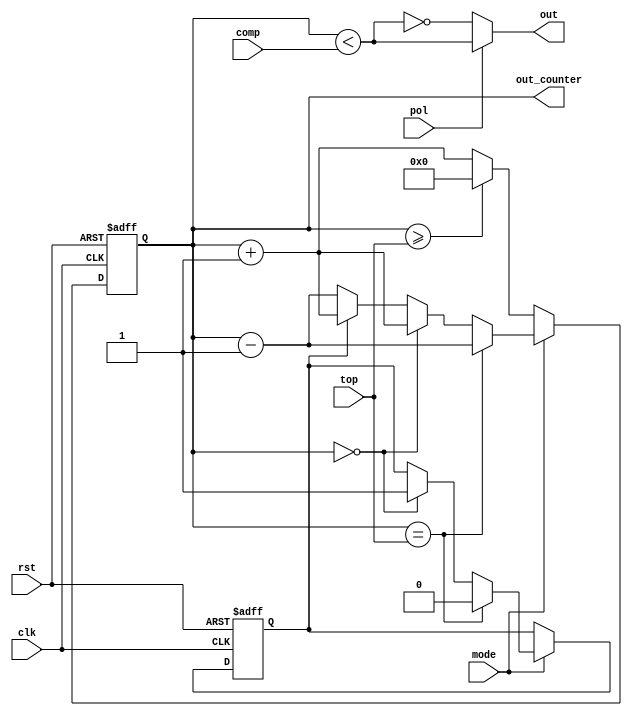
// Bartosz Szpila
// 20.10.2021

module pwm(input [15:0] top, comp, input clk, rst, pol, mode, output out, output [15:0] out_counter);
reg [15:0] counter;
reg up;

always @(posedge clk or posedge rst) begin
    if (rst == 1) begin 
        counter <= 0;
        up <= 1;
    end
    else begin
        if (mode == 0) counter <= (counter >= top) ? 16'b0 : counter + 1;
        else begin
            up <= (counter == top) ? 1'b0 : (counter == 16'b0) ? 1'b1 : up;
            counter <= (counter == top) ? counter - 1 :
                     (counter == 16'b0) ? counter + 1 : 
                     (up == 1) ? counter + 1 : counter - 1;
        end
    end
end

assign out = (pol == 1) ? counter < comp : ~(counter<comp);
assign out_counter = counter;
endmodule